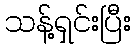
သန့်ရှင်းပြီး